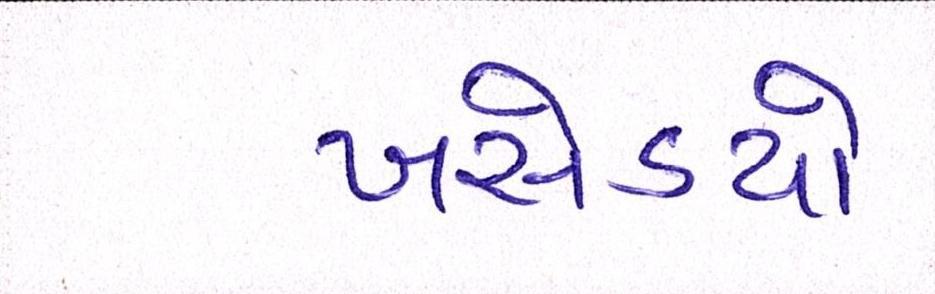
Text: ખસેડયો